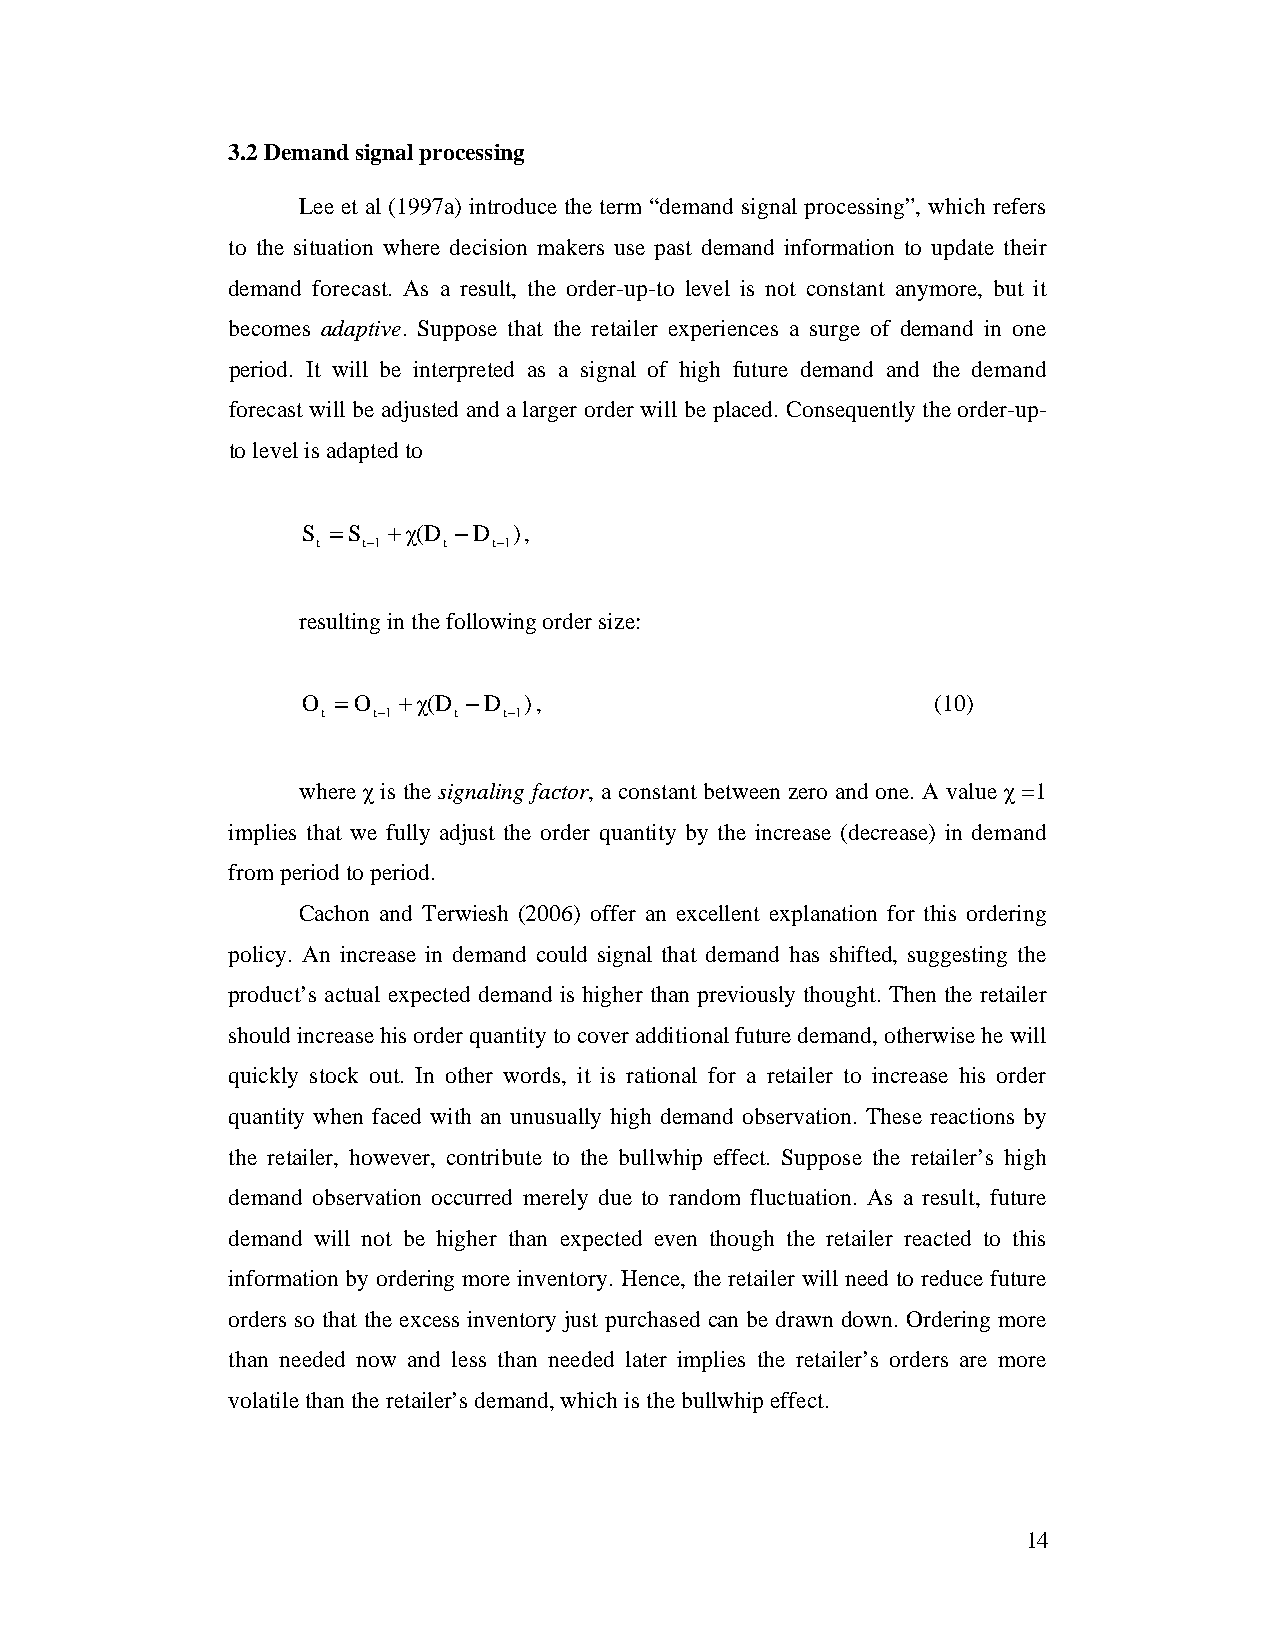
3.2 Demand signal processing
 Lee et al (1997a) introduce the term “demand signal processing”, which refers
 to the situation where decision makers use past demand information to update their
 demand forecast. As a result, the order-up-to level is not constant anymore, but it
 becomes adaptive. Suppose that the retailer experiences a surge of demand in one
 period. It will be interpreted as a signal of high future demand and the demand
 forecast will be adjusted and a larger order will be placed. Consequently the order-up-
 to level is adapted to
 S =S  +χ(D - D ),
 t  t- 1 t   t- 1
 resulting in the following order size:
 O =O  +χ(D - D ),                         (10)
 t   t- 1 t  t- 1
 where χ is the signaling factor, a constant between zero and one. A value χ =1
 implies that we fully adjust the order quantity by the increase (decrease) in demand
 from period to period.
 Cachon and Terwiesh (2006) offer an excellent explanation for this ordering
 policy. An increase in demand could signal that demand has shifted, suggesting the
 product’s actual expected demand is higher than previously thought. Then the retailer
 should increase his order quantity to cover additional future demand, otherwise he will
 quickly stock out. In other words, it is rational for a retailer to increase his order
 quantity when faced with an unusually high demand observation. These reactions by
 the retailer, however, contribute to the bullwhip effect. Suppose the retailer’s high
 demand observation occurred merely due to random fluctuation. As a result, future
 demand will not be higher than expected even though the retailer reacted to this
 information by ordering more inventory. Hence, the retailer will need to reduce future
 orders so that the excess inventory just purchased can be drawn down. Ordering more
 than needed now and less than needed later implies the retailer’s orders are more
 volatile than the retailer’s demand, which is the bullwhip effect.
 14